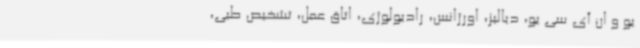
یو و ان آی سی یو، دیالیز، اورژانس، رادیولوژی، اتاق عمل، تشخیص طبی،